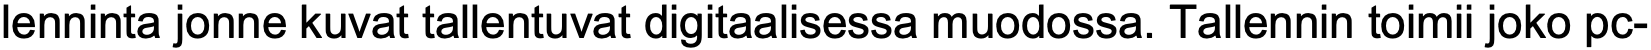
lenninta jonne kuvat tallentuvat digitaalisessa muodossa. Tallennin toimii joko pc-